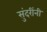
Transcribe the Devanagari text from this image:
सुंदरींनी